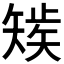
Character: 𰦚